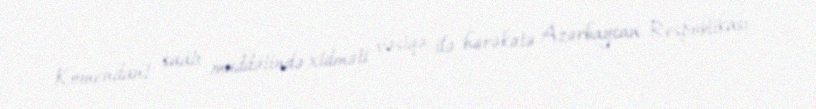
Komendant saatı müddətində xidməti vəsiqə ilə hərəkətə Azərbaycan Respublikası